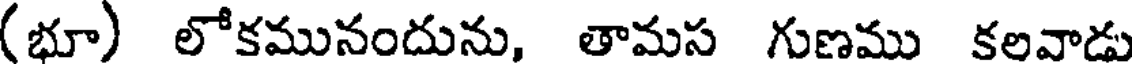
(భూ) లోకమునందును, తామస గుణము కలవాడు